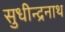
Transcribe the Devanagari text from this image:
सुधीन्द्रनाथ